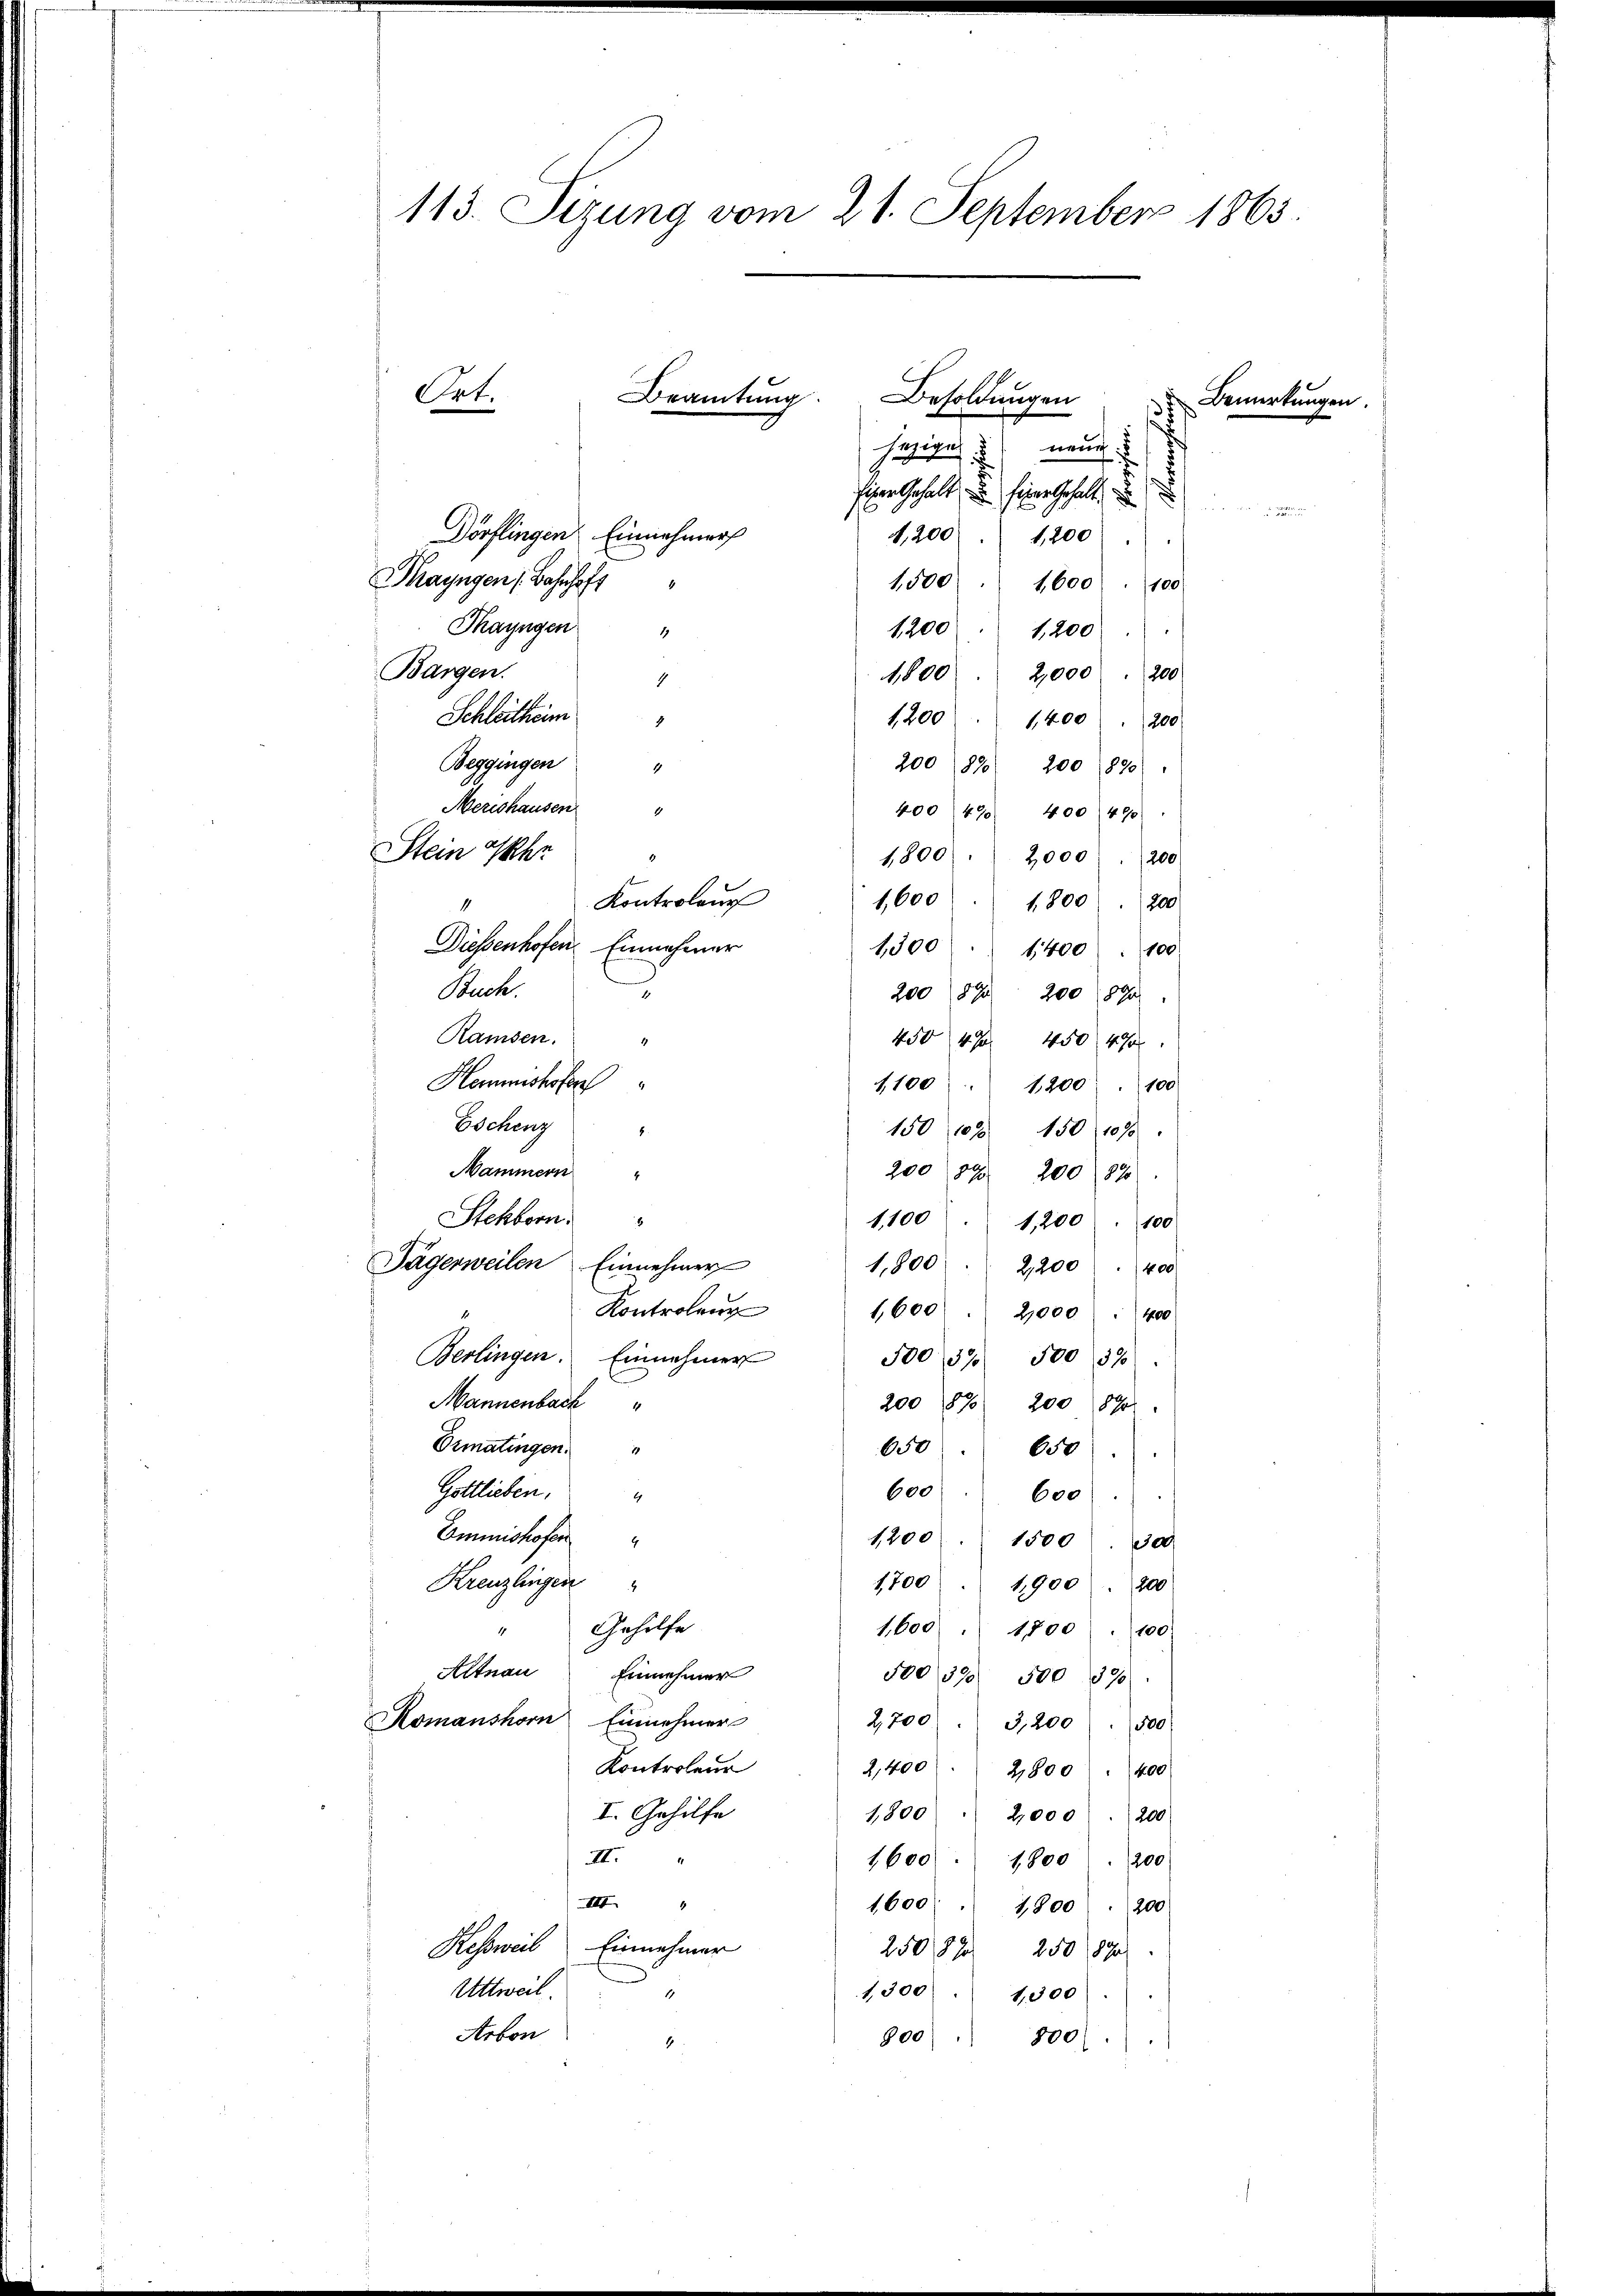
Dörflingen Einnahmer
1,200 " 1200
Thayngen, Bahnhoft
1500
1,600
100
Thayngen
1200 " 1200
1
Bargen.
1,800 " 2,000 . 200
4
Schleitheim
1200
1,400. 200
Beggingen "
200 (870) 200 (890)
Merishausen
400 (490. 400 (490
Stein Jahr
1,800. 2000 . 200
.
Kontrolen
1,600 " 1800. 200
4
Diessenhofen Einnehmer
1,300. 1400 " 100
Buch.
3
20059 200 89
Ramsen.
450 47. 450 4%
Hemmeshöfe
1100 " 1200 " 100
Escheng
150 103. 150, 1090.
8.
Mammern
200 893 200 870
4
Stekborn
1,100
1,200/1100
Jägerweilen Einnehmer
1,800  2,200 " 400
Kontrolang
1,600 . 2,000 . 400.
Berlingen. Einnehmer
500, 137. 500 (590
Mannenbach
200 1870 200 890
Ermatingen.
650
650
Gottlieben.
600 " 600
t
Emmnishofen
1200. 1500. 30
Kreuzlingen
1700/1900 - 800
" Gehilfe
1,600 " 1700 " 100:
Altnau
Einnehmer
500390 500 890
Komanshorn Einnehmer
2,700 3,200 " 500
Kontroleur
2,400
400
2,800
I. Gehilfe
1,800  2,000. 200
II
1200
1600. 1800
III
1,600 " 1800. 200
Kessweil Einnahmer
25082 250 890
Uttweil.
1,300 " 1,300
1
Arbon
800) " 800)
1

113. Sizung vom 21. September 1865
Ort.
Beamtŭng. Besoldŭngen Bemerkungen
hezige neue

sihrer Gehalt, u. hier Gehalte, u

d

u